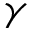
\gamma